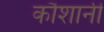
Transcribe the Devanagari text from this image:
कौशानी